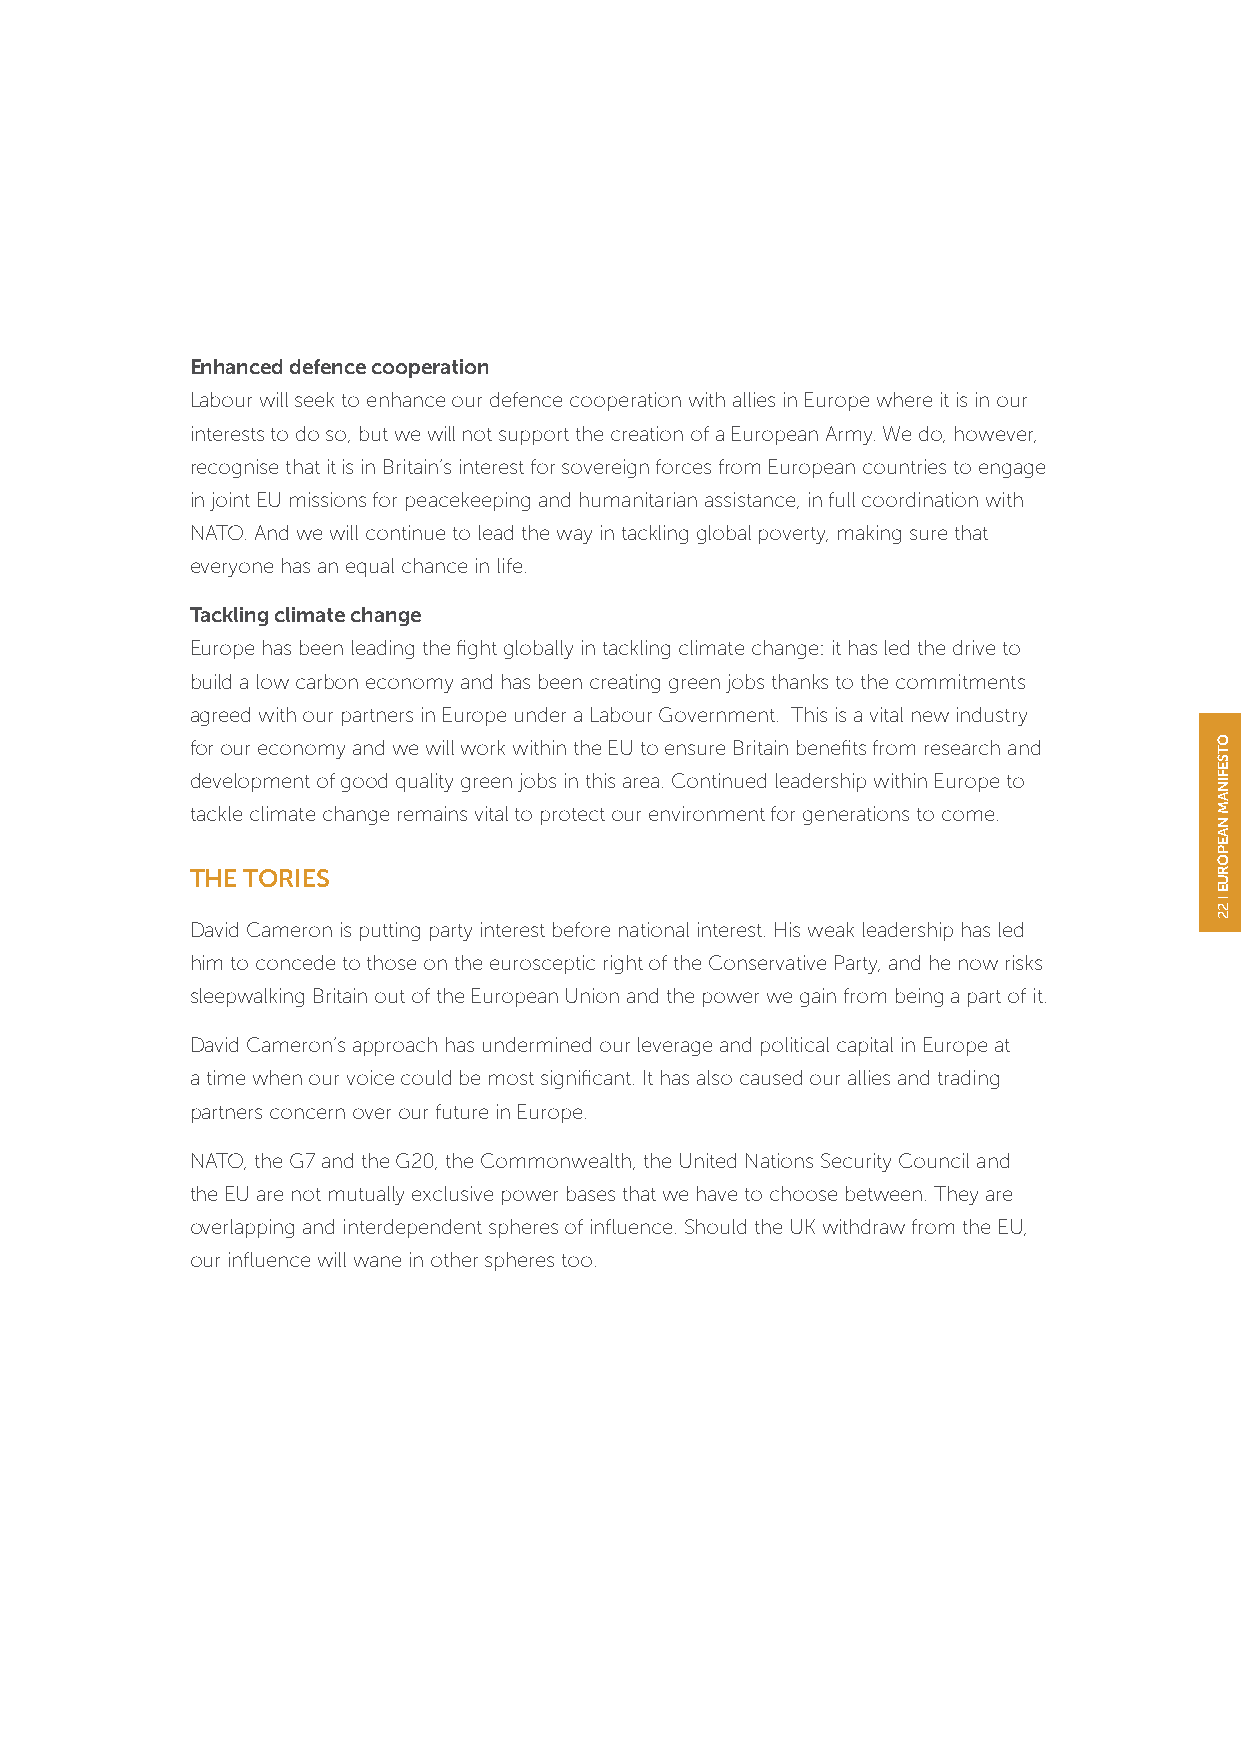
Enhanced defence cooperation
 Labour will seek to enhance our defence cooperation with allies in Europe where it is in our
 interests to do so, but we will not support the creation of a European Army. We do, however,
 recognise that it is in Britain’s interest for sovereign forces from European countries to engage
 in joint EU missions for peacekeeping and humanitarian assistance, in full coordination with
 NATO. And we will continue to lead the way in tackling global poverty, making sure that
 everyone has an equal chance in life.
 Tackling climate change
 Europe has been leading the fight globally in tackling climate change: it has led the drive to
 build a low carbon economy and has been creating green jobs thanks to the commitments
 agreed with our partners in Europe under a Labour Government. This is a vital new industry
 for our economy and we will work within the EU to ensure Britain benefits from research and
 development of good quality green jobs in this area. Continued leadership within Europe to
 tackle climate change remains vital to protect our environment for generations to come.
 THE TORIES
 David Cameron is putting party interest before national interest. His weak leadership has led
 him to concede to those on the eurosceptic right of the Conservative Party, and he now risks
 sleepwalking Britain out of the European Union and the power we gain from being a part of it.
 David Cameron’s approach has undermined our leverage and political capital in Europe at
 a time when our voice could be most significant. It has also caused our allies and trading
 partners concern over our future in Europe.
 NATO, the G7 and the G20, the Commonwealth, the United Nations Security Council and
 the EU are not mutually exclusive power bases that we have to choose between. They are
 overlapping and interdependent spheres of influence. Should the UK withdraw from the EU,
 our influence will wane in other spheres too.
 OTSEFINAM
 NAEPORUE
 22